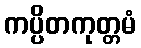
ကပ္ပိတကုတ္တမံ